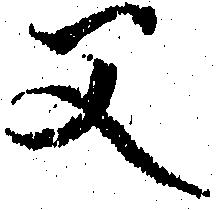
父